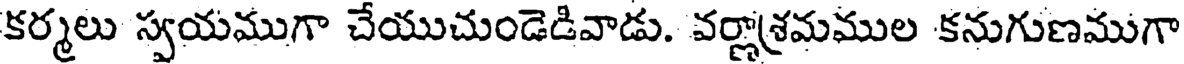
కర్మలు స్వయముగా చేయుచుండెడివాడు. వర్ణాశ్రమముల కనుగుణముగా